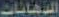
الدهانات